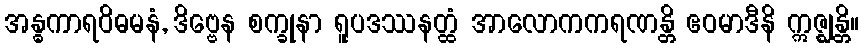
အန္ဓကာရဝိဓမနံ, ဒိဗ္ဗေန စက္ခုနာ ရူပဒဿနတ္ထံ အာလောကကရဏန္တိ ဧဝမာဒီနိ ဣဇ္ဈန္တိ။